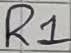
Text: R1